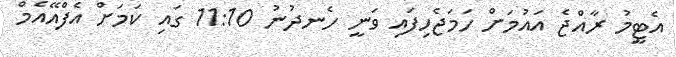
އެޓީމު ރާއްޖެ އައުމަށް ހަމަޖެހިފައި ވަނީ ހެނދުނު 11:10 ގައި ކަމަށް އެފްއޭއެމް